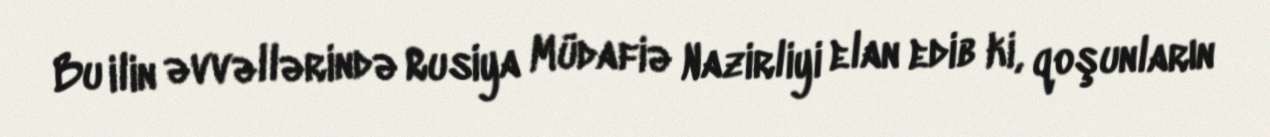
Bu ilin əvvəllərində Rusiya Müdafiə Nazirliyi elan edib ki, qoşunların